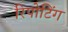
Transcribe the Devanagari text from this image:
रिपोटिंग